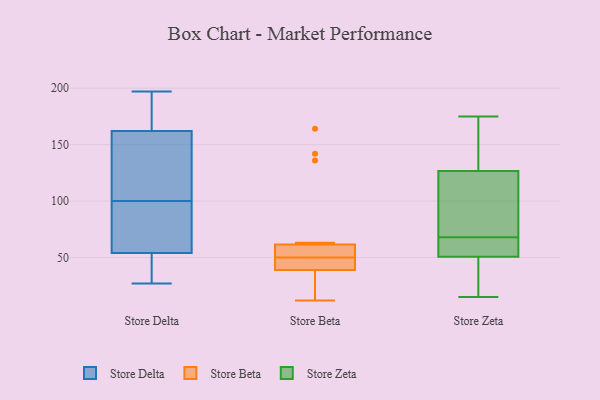
{"axis": {"x": "Operating Costs (USD K)", "y": "Value"}, "legend": ["Store Beta", "Store Delta", "Store Zeta"], "data": [{"x": "", "y": 196, "type": "Store Delta"}, {"x": "", "y": 27, "type": "Store Delta"}, {"x": "", "y": 136, "type": "Store Delta"}, {"x": "", "y": 99, "type": "Store Delta"}, {"x": "", "y": 54, "type": "Store Delta"}, {"x": "", "y": 162, "type": "Store Delta"}, {"x": "", "y": 35, "type": "Store Delta"}, {"x": "", "y": 197, "type": "Store Delta"}, {"x": "", "y": 101, "type": "Store Delta"}, {"x": "", "y": 170, "type": "Store Delta"}, {"x": "", "y": 110, "type": "Store Delta"}, {"x": "", "y": 90, "type": "Store Delta"}, {"x": "", "y": 33, "type": "Store Delta"}, {"x": "", "y": 74, "type": "Store Delta"}, {"x": "", "y": 35, "type": "Store Beta"}, {"x": "", "y": 14, "type": "Store Beta"}, {"x": "", "y": 39, "type": "Store Beta"}, {"x": "", "y": 164, "type": "Store Beta"}, {"x": "", "y": 59, "type": "Store Beta"}, {"x": "", "y": 63, "type": "Store Beta"}, {"x": "", "y": 50, "type": "Store Beta"}, {"x": "", "y": 39, "type": "Store Beta"}, {"x": "", "y": 12, "type": "Store Beta"}, {"x": "", "y": 45, "type": "Store Beta"}, {"x": "", "y": 60, "type": "Store Beta"}, {"x": "", "y": 136, "type": "Store Beta"}, {"x": "", "y": 59, "type": "Store Beta"}, {"x": "", "y": 142, "type": "Store Beta"}, {"x": "", "y": 50, "type": "Store Beta"}, {"x": "", "y": 42, "type": "Store Beta"}, {"x": "", "y": 175, "type": "Store Zeta"}, {"x": "", "y": 22, "type": "Store Zeta"}, {"x": "", "y": 15, "type": "Store Zeta"}, {"x": "", "y": 119, "type": "Store Zeta"}, {"x": "", "y": 69, "type": "Store Zeta"}, {"x": "", "y": 63, "type": "Store Zeta"}, {"x": "", "y": 63, "type": "Store Zeta"}, {"x": "", "y": 111, "type": "Store Zeta"}, {"x": "", "y": 150, "type": "Store Zeta"}, {"x": "", "y": 173, "type": "Store Zeta"}, {"x": "", "y": 29, "type": "Store Zeta"}, {"x": "", "y": 68, "type": "Store Zeta"}, {"x": "", "y": 58, "type": "Store Zeta"}]}